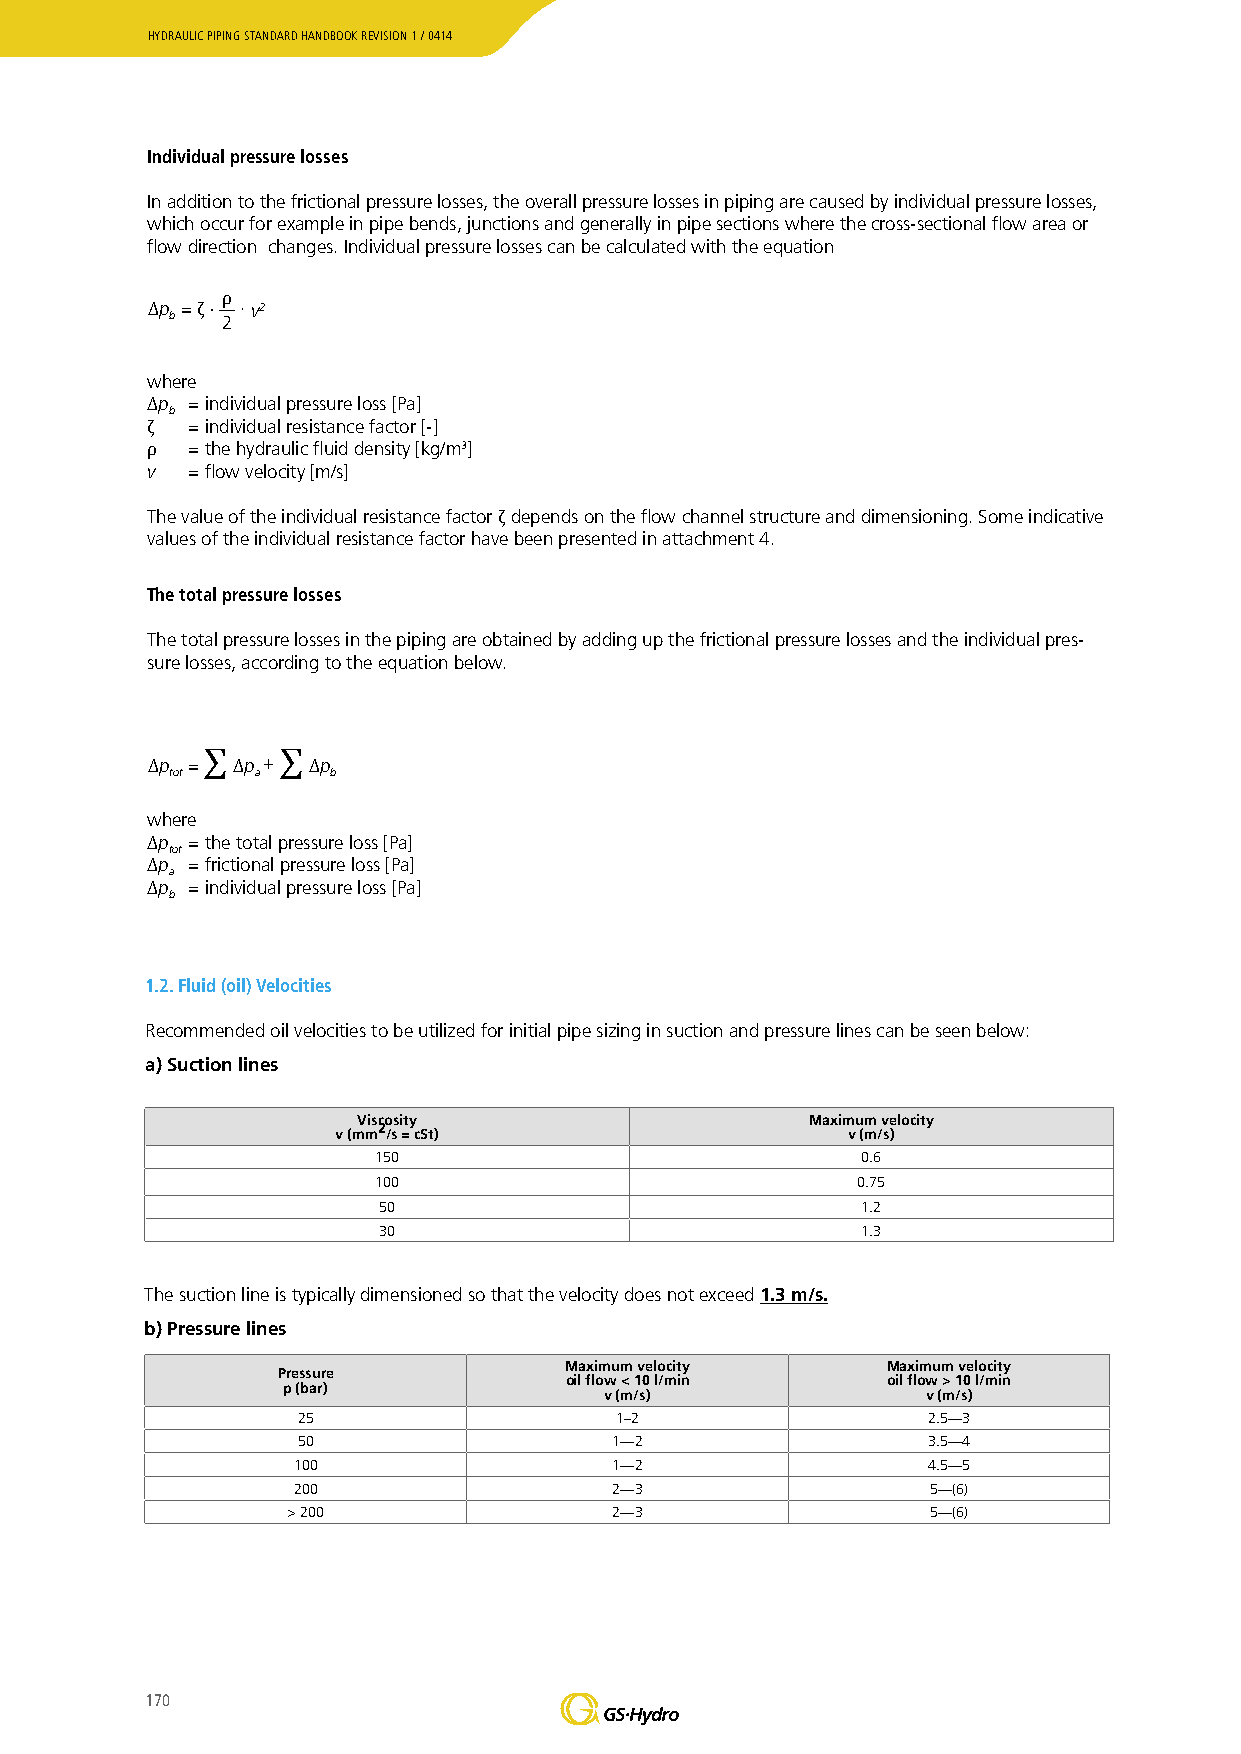
HYDRAULIC PIPING STANDARD HANDBOOK REVISION 1 / 0414
 Individual pressure losses
 In addition to the frictional pressure losses, the overall pressure losses in piping are caused by individual pressure losses,
 which occur for example in pipe bends, junctions and generally in pipe sections where the cross-sectional flow area or
 flow direction changes. Individual pressure losses can be calculated with the equation
 p =  · v2
 b   2
 ρ
 Δ  ζ ·
 where
 p = individual pressure loss [Pa]
 b
 = individual resistance factor [-]
 Δ = the hydraulic fluid density [kg/m3]
 vζ = flow velocity [m/s]
 ρ
 The value of the individual resistance factor depends on the flow channel structure and dimensioning. Some indicative
 values of the individual resistance factor have been presented in attachment 4.
 ζ
 The total pressure losses
 The total pressure losses in the piping are obtained by adding up the frictional pressure losses and the individual pres-
 sure losses, according to the equation below.
 p =  p +  p
 tot   a    b
 Δ    Δ    Δ
 where
 ∑    ∑
 p = the total pressure loss [Pa]
 tot
 p = frictional pressure loss [Pa]
 a
 Δp = individual pressure loss [Pa]
 b
 Δ
 Δ
 1.2. Fluid (oil) Velocities
 Recommended oil velocities to be utilized for initial pipe sizing in suction and pressure lines can be seen below:
 a) Suction lines
 Viscosity                     Maximum velocity
 2
 v (mm /s = cSt)                   v (m/s)
 150                             0.6
 100                             0.75
 50                              1.2
 30                              1.3
 The suction line is typically dimensioned so that the velocity does not exceed 1.3 m/s.
 b) Pressure lines
 Maximum velocity      Maximum velocity
 Pressure
 oil flow < 10 l/min   oil flow > 10 l/min
 p (bar)
 v (m/s)              v (m/s)
 25                   1–2                 2.5—3
 50                   1—2                 3.5—4
 100                   1—2                 4.5—5
 200                   2—3                  5—(6)
 > 200                 2—3                  5—(6)
 170